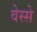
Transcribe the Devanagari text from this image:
वेस्से